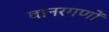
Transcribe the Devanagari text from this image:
वानरगणों